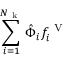
\sum _ { i = 1 } ^ { N _ { \mathrm { ~ k ~ } } } \hat { \Phi } _ { i } f _ { i } ^ { \mathrm { ~ V ~ } }